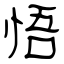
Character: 悟